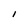
Character: I